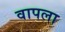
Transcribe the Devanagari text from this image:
वापला